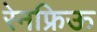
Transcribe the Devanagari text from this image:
रेनफ्रिऊ